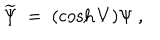
\widetilde \Psi \ = \ ( \cosh V ) \Psi \ ,